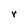
Character: r